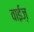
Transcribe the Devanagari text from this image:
वाईज़